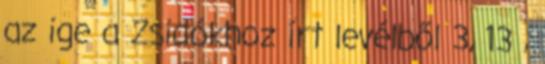
az ige a Zsidókhoz írt levélből 3, 13 ,